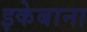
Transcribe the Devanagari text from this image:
इकेबाना